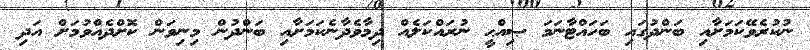
ނުކުރެވޭކަމަށާއި ބަންދުގައި ބަހައްޓާނަމަ ޞިއްޙީ ނުރައްކަލެއް ދިމާވެދާނެކަމަށާއި ބަންދުން މިނިވަން ކޮށްދެއްވުމަށް އަދި